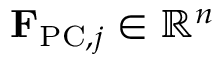
{ \bf F } _ { \mathrm { P C } , j } \in \mathbb { R } ^ { n }